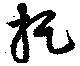
捉